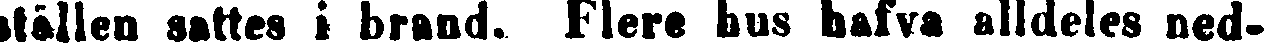
ställen sattes i brand. Flere bus hafva alldeles ned-